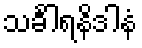
သင်္ခါရနိဒါနံ